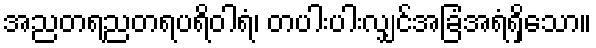
အညတရညတရပရိဝါရံ၊ တပါးပါးလျှင်အခြံအရံရှိသော။